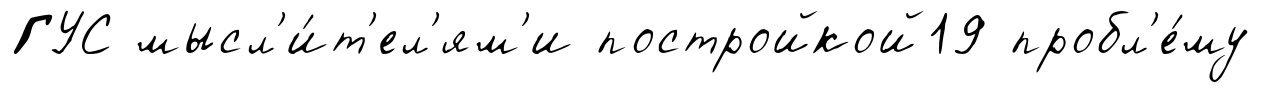
ГУС мысл'и́т'ел'ям'и постройкой19 пробл'е́му